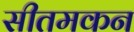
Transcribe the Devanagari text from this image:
सीतमकन